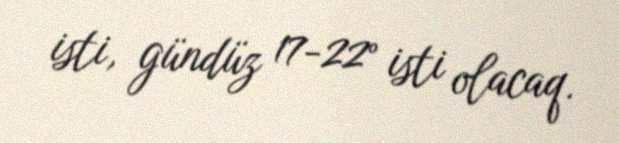
isti, gündüz 17-22° isti olacaq.